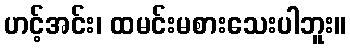
ဟင့်အင်း၊ ထမင်းမစားသေးပါဘူး။